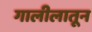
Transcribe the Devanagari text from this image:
गालीलातून